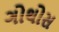
ગોથોસ